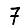
Digit: 7